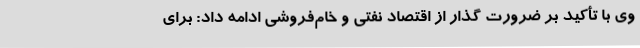
وی با تأکید بر ضرورت گذار از اقتصاد نفتی و خام‌فروشی ادامه داد: برای